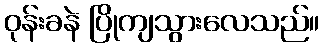
ဝုန်းခနဲ ပြိုကျသွားလေသည်။